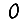
Digit: 0